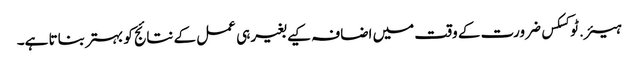
ہیئر.ٹوکسکس ضرورت کے وقت میں اضافہ کیے بغیر ہی عمل کے نتائج کو بہتر بناتا ہے۔